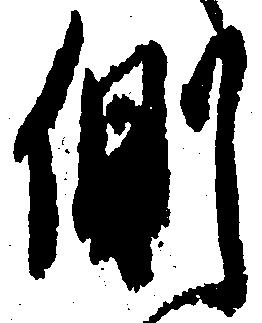
側